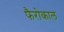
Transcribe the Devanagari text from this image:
फैरोकाल